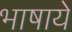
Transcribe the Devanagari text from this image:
भाषाये